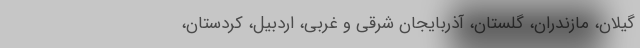
گیلان، مازندران، گلستان، آذربایجان شرقی و غربی، اردبیل، کردستان،